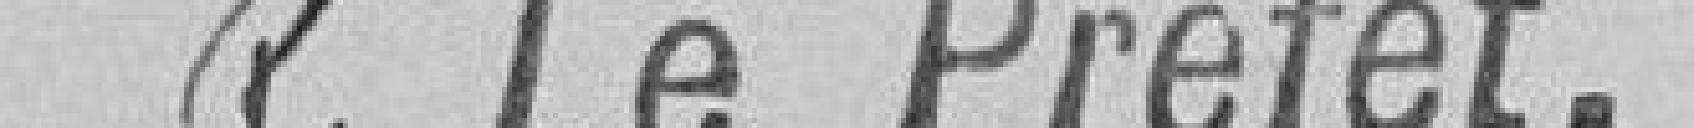
P. Le préfet,